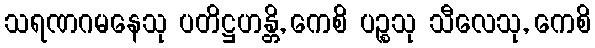
သရဏဂမနေသု ပတိဋ္ဌဟန္တိ, ကေစိ ပဉ္စသု သီလေသု, ကေစိ